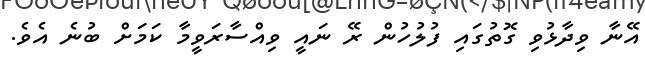
އޭނާ ވިދާޅުވި ގޮތުގައި ފުލުހުން ރޭ ނައީ ވިއްސާރަވީމާ ކަމަށް ބުނެ އެވެ.